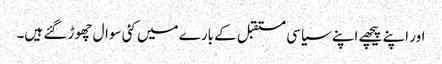
اور اپنے پیچھے اپنے سیاسی مستقبل کے بارے میں کئی سوال چھوڑ گئے ہیں۔